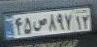
۴۵ص۸۹۷۱۲